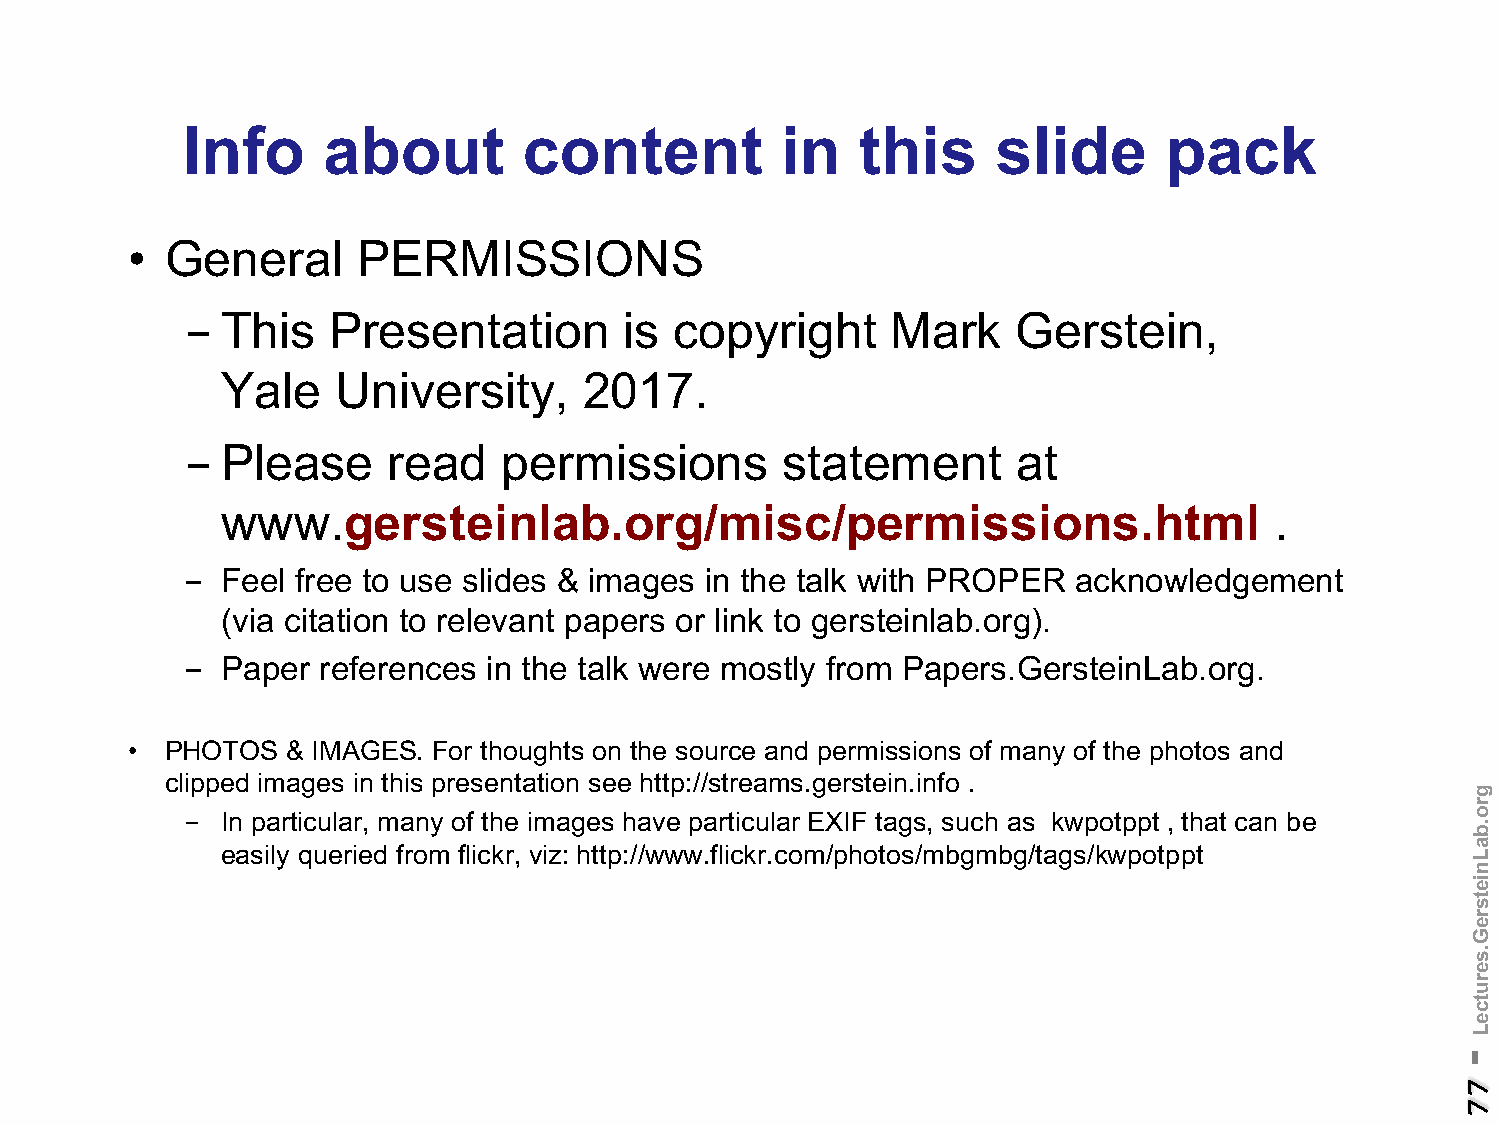
Info     about         content          in   this     slide      pack
 •  General      PERMISSIONS
 -  This   Presentation       is  copyright     Mark    Gerstein,
 Yale   University,      2017.
 -  Please     read   permissions        statement      at
 www.gersteinlab.org/misc/permissions.html                            .
 -  Feel free to use slides & images in the talk with PROPER acknowledgement
 (via citation to relevant papers or link to gersteinlab.org).
 -  Paper references in the talk were mostly from Papers.GersteinLab.org.
 •  PHOTOS  & IMAGES. For thoughts on the source and permissions of many of the photos and
 clipped images in this presentation see http://streams.gerstein.info .
 -  In particular, many of the images have particular EXIF tags, such as kwpotppt , that can be
 easily queried from flickr, viz: http://www.flickr.com/photos/mbgmbg/tags/kwpotppt
 -
 77
 gro.baLnietsreG.serutceL